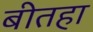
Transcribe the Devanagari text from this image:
बीतहा